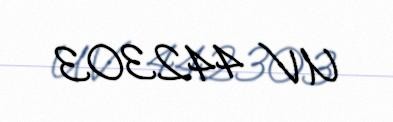
UV 442303